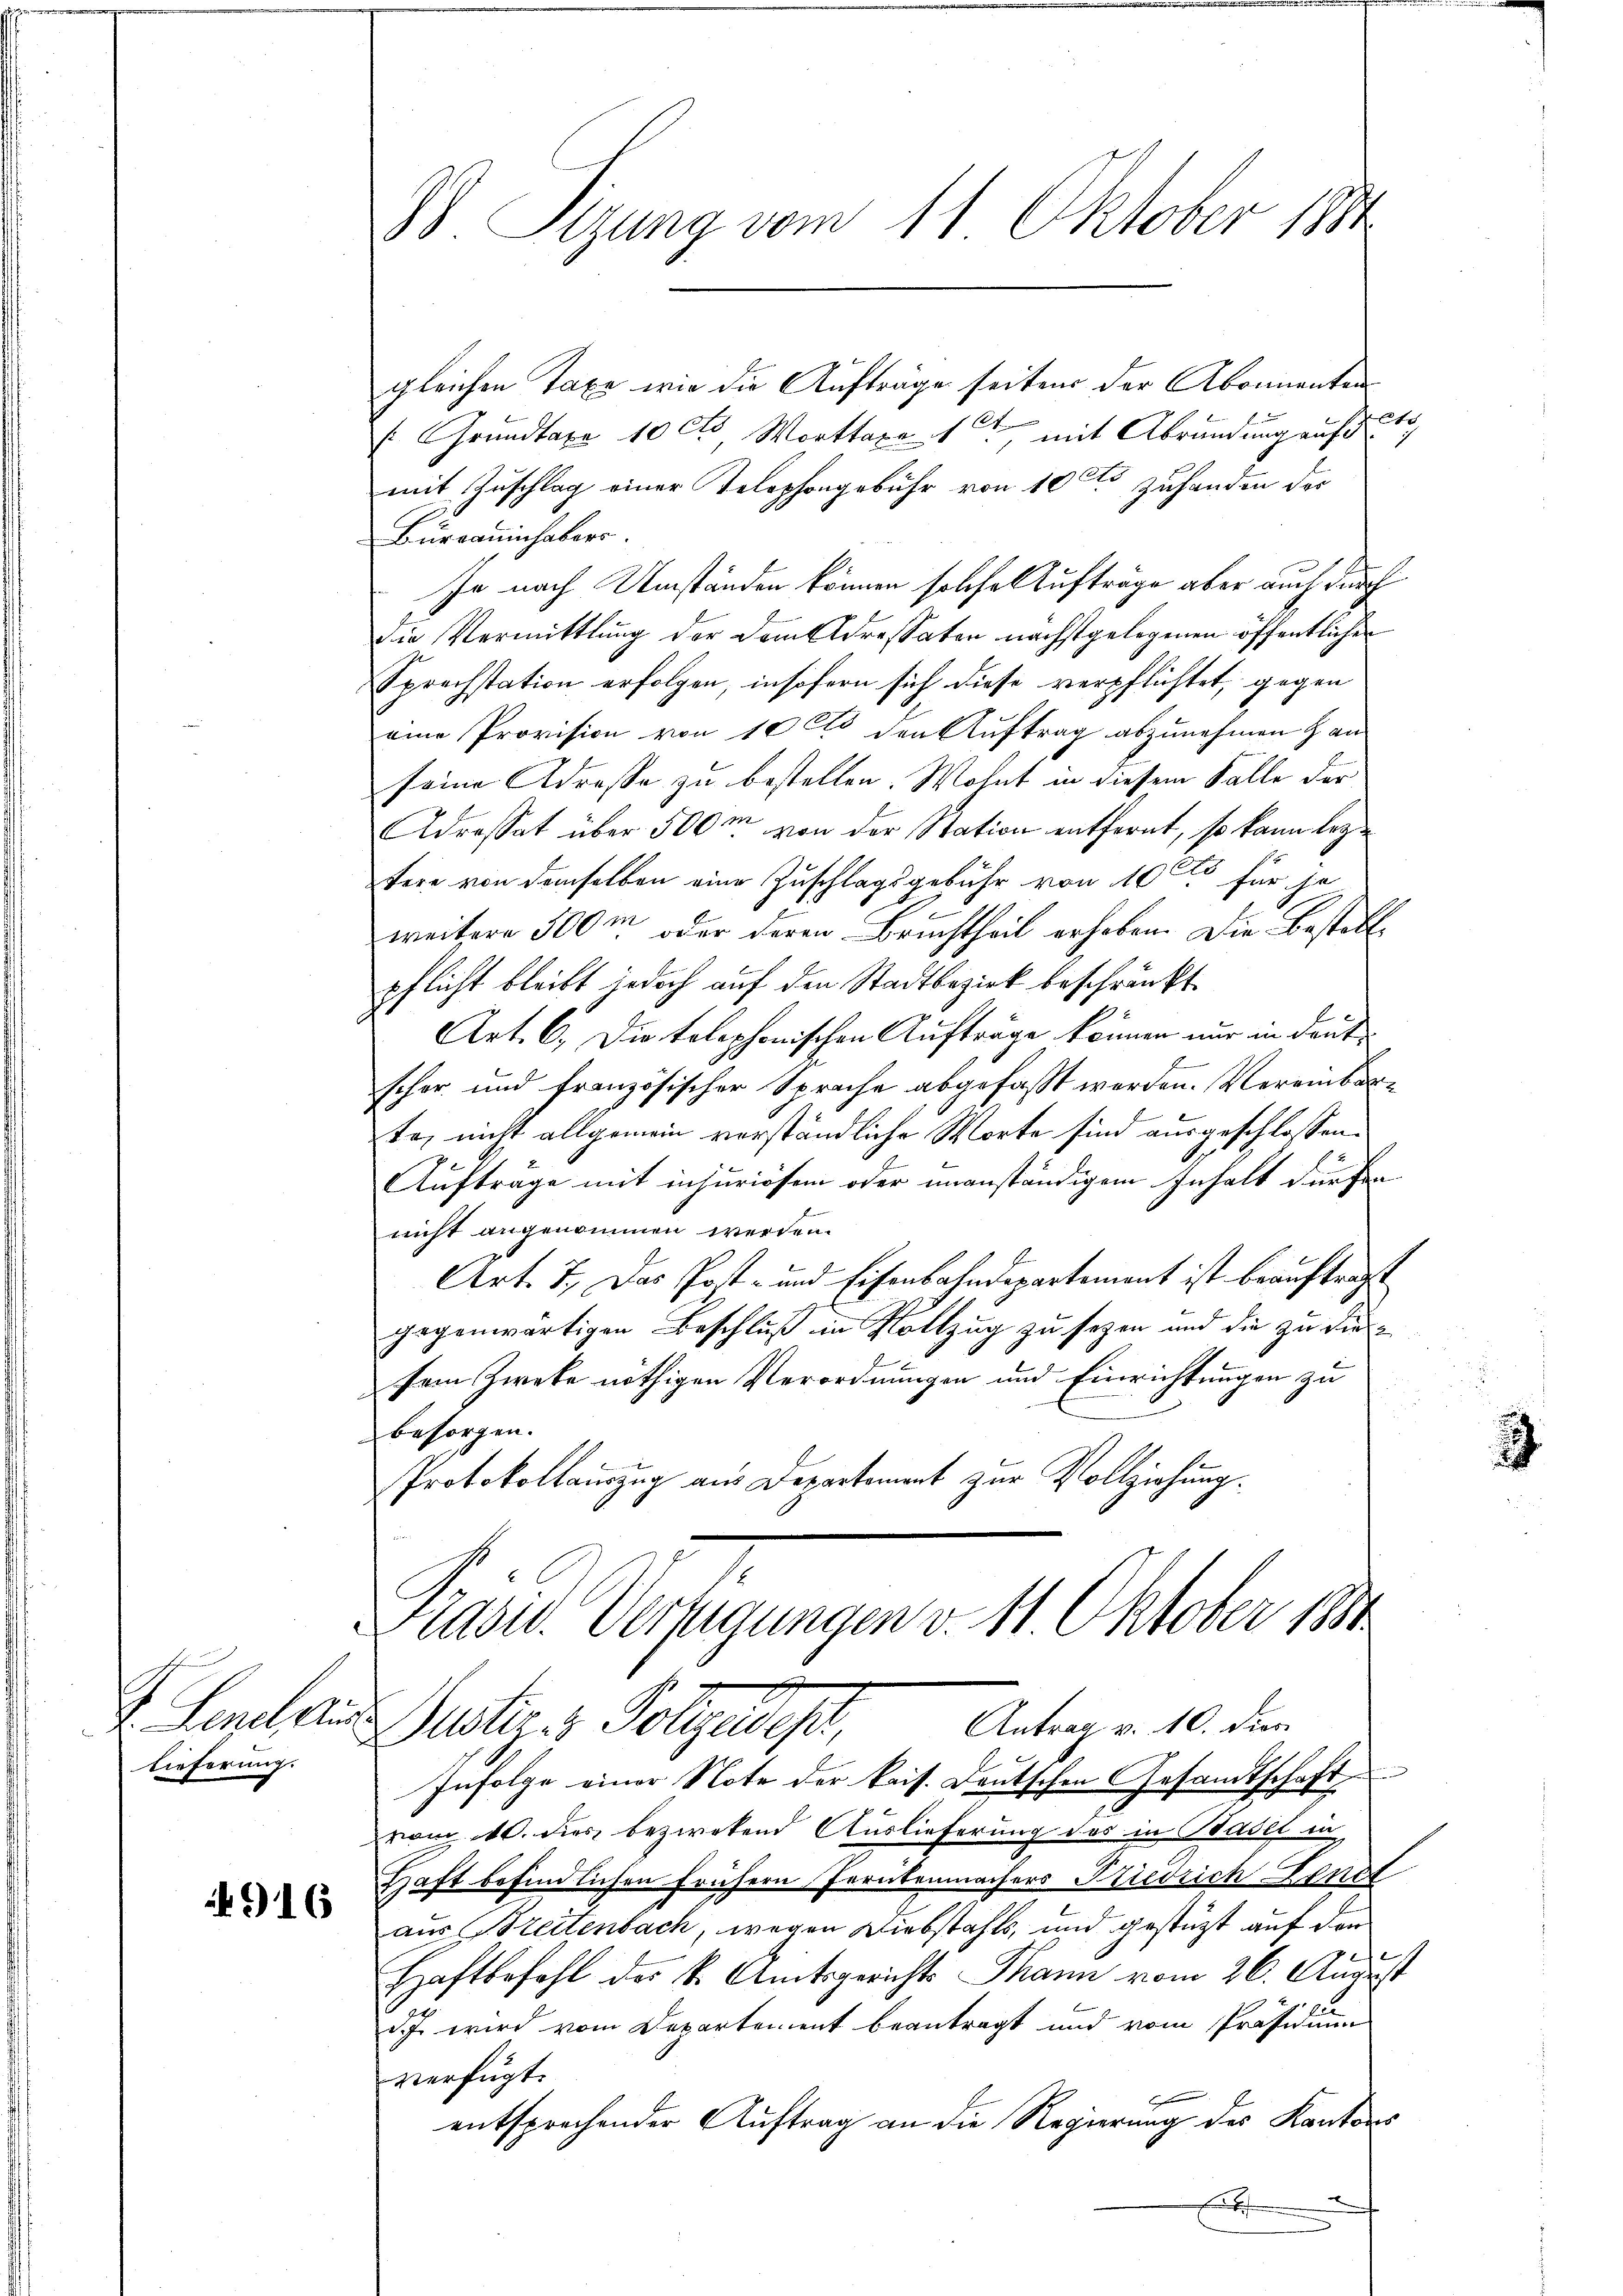
J. Lene Aus
lieferung.

916

D Sizung vom 11. Oktober 1891

gleichen Taxe wie die Aufträge seiten der Abonnenten
s: Grundtaxa 10 cts Worttaxat mit Abründung auf drit
mit Zuschlag einer Telephongebühr von 100 zuhanden das
Bureauinhabers
Je nach Umständen können solche Aufträge aber auch durch
Die Vermittlung der dem Adressaten nächstgelegenen öffentlichen
Sprechstation erfolgen, insofern sich diese verpflichtet, gegen
eine Provision von 10 t den Auftrag abzunehmen an
seine Adresse zu bestellen. Wohnt in diesem Falle der
Adressat über 500m von der Station entfernt, so kann leztere von demselben eine Zuschlagsgebühr von 100 für je
weitere 300m oder deren Bruchtheil erhoben. Die Bestell-
pflicht bleibt jedoch auf den Stadtbezirk beschränkt.
Art. 6. Die telephonischen Aufträge können nur in deut
8
schon und französischer Sprache abgefaßt werden. Vereinbare
te, nicht allgemein verständliche Worte sind ausgeschlossen.
Auftrage mit injuriösem oder unanständigem Inhalt dürfen.
nicht angenommen werden.
Art. 7. Das Post- und Eisenbahndepartement ist beauftragt
gegenwärtigen Beschluß in Vollzug zu seyen und die zu diesein Zweke nöthigen Verordnungen und Einrichtungen zu
besorgen.
Protokollauszug aus Departement zur Vollziehung.
Präses Verfügungen v. 11. Oktober 184
Potiz s. Folgeruft, Antrag a. 10. den
Infolge einer Note der kais. Deutschen Gesandtschaft
vom 10. dies bezwekend Auslieferung des in Basel in
Haft befindlichen frühern Perutenmachers Friedrich Landt
aus Treitenbach, wegen Diebstahls, und gestützt auf den
Haftbefohl der k. Amtsgerichts Thann vom 26. August
d.J. wird vom Departement beantragt und vom Präsidium
verfügt:
entsprechender Auftrag an die Regierung des Kantons
.

2